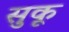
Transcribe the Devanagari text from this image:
सुकू